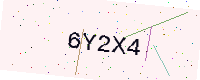
Text: 6Y2X4